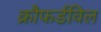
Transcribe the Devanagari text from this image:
क्रौफर्डविल